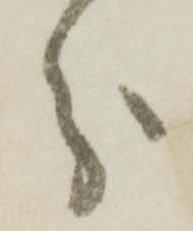
分